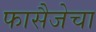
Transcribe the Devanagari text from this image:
फासैजेचा